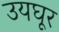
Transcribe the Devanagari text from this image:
उयघूर